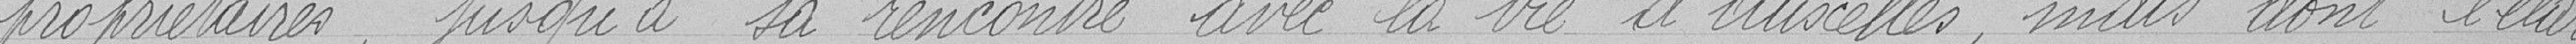
propriétaires, jusqu'à sa rencontre avec la vie d'Auxelles, mais dont l'élar-